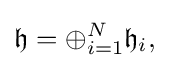
\displaystyle {{\mathfrak {h}}=\oplus _{i=1}^{N}{\mathfrak {h}}_{i},}